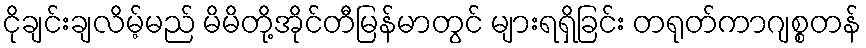
ငိုချင်းချလိမ့်မည် မိမိတို့အိုင်တီမြန်မာတွင် များရရှိခြင်း တရုတ်ကာဂျစ္စတန်